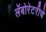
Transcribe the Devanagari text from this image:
लॅबोरेटरीचे